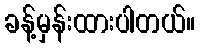
ခန့်မှန်းထားပါတယ်။